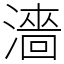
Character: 濇